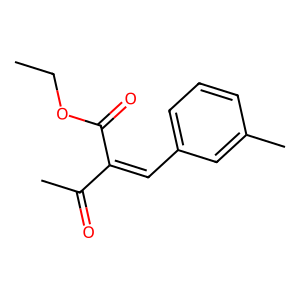
SMILES: CCOC(=O)C(=Cc1cccc(C)c1)C(C)=O
Inhibits HIV replication: No